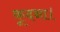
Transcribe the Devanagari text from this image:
कूदना।